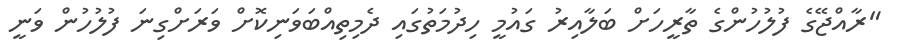
"ރާއްޖޭގެ ފުލުހުންގެ ތާރީހަށް ބަލާއިރު ގައުމީ ހިދުމަތުގައި ދެމިތިއްބަވަނިކޮށް ވަރަށްގިނަ ފުލުހުން ވަނީ